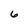
Character: 6